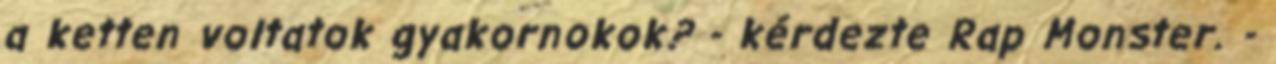
a ketten voltatok gyakornokok? - kérdezte Rap Monster. -